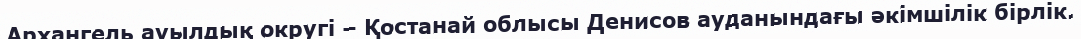
Архангель ауылдық округі – Қостанай облысы Денисов ауданындағы әкімшілік бірлік.